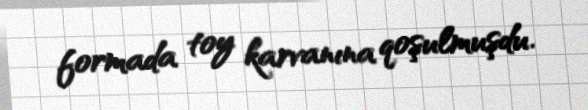
formada toy karvanına qoşulmuşdu.